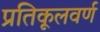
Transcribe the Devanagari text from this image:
प्रतिकूलवर्ण